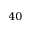
^ { 4 0 }